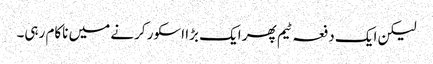
لیکن ایک دفعہ ٹیم پھر ایک بڑا اسکور کرنے میں ناکام رہی۔